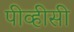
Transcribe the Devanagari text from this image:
पीव्हीसी